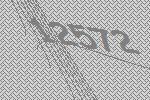
12572